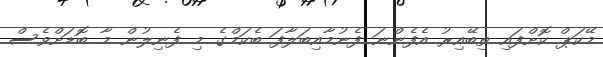
މޭކަޕް ކޮށްފައި ތިބޭއިރު އެފެންނަ ފެނުމާއިބަލާފަ ބެކަމްގެ މި ފެނިލުން މާ ބޮޑަށްވެސް